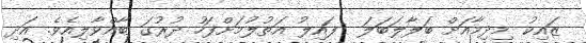
ޒައިކު މިދިމާއަށް ބަލާލަބަލަ  ފައިލު އަތުލުމަށްފަހު ދުރުގަ ބާއްވާލިއެވެ. އަދި